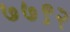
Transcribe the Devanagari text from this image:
७७९२